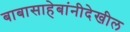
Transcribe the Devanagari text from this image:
बाबासाहेबांनीदेखील